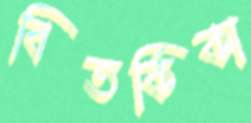
বিতর্কিকা